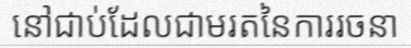
នៅជាប់ដែលជាមរតនៃការរចនា